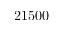
2 1 5 0 0